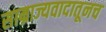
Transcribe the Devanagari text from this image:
साम्राज्यवादातूनच